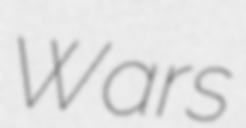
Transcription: Wars